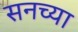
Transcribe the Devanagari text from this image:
सनच्या